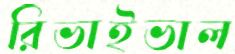
রিভাইভাল